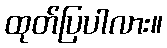
ထုတ်ပြပါလား။